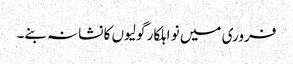
فروری میں نو اہلکار گولیوں کا نشانہ بنے۔